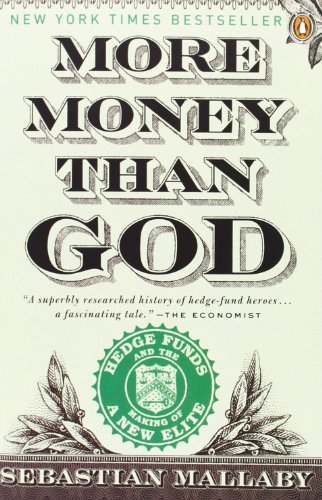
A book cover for More Money Than God: Hedge Funds and the Making of a New Elite (Council on Foreign Relations Books (Penguin Press)); Sebastian Mallaby; Business & Money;